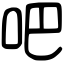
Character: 吧